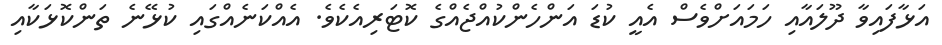
އަޅާފައިވާ ދޫލައާއި ހަމައަށްވެސް އެއީ ކުޑަ އަންހެންކުއްޖެއްގެ ކޮޓަރިއެކެވެ. އެއްކަނެއްގައި ކުޅޭނެ ތަންކޮޅަކާއި